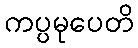
ကပ္ပမုပေတိ